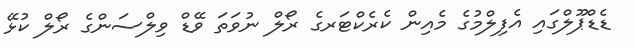
ޑެޑްޕޫލްގައި އެފިލްމުގެ މެއިން ކެރެކްޓަރގެ ރޯލް ނުވަތަ ވޭޑް ވިލްސަންގެ ރޯލް ކުޅޭ